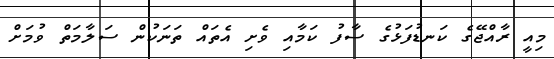
މިއީ ރާއްޖޭގެ ކަނޑުފަޅުގެ ސާފު ކަމާއި ވެށި އެތައް ތަނަކުން ސަލާމަތް ވުމަށް